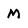
Character: M